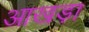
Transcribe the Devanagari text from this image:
आखड़ा